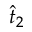
\hat { t } _ { 2 }